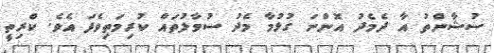
ސުޝާންތު އާ ދެމެދު އޮންނަ ގުޅުމާ މެދު ސުވާލުތައް ކުރިމަތިވެފަ އެވެ. ކްރިތީ